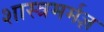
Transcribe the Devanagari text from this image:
शास्त्रमर्मज्ञ